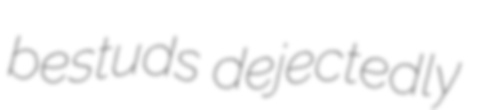
bestuds dejectedly